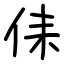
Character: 㑍